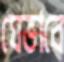
যেভাবে